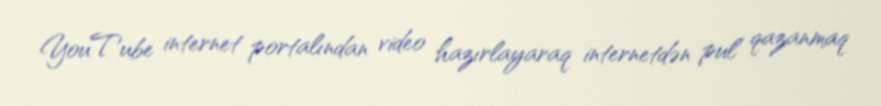
YouTube internet portalından video hazırlayaraq internetdən pul qazanmaq